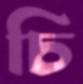
চি